Pusta,_Kaarel_Robert, lk 2
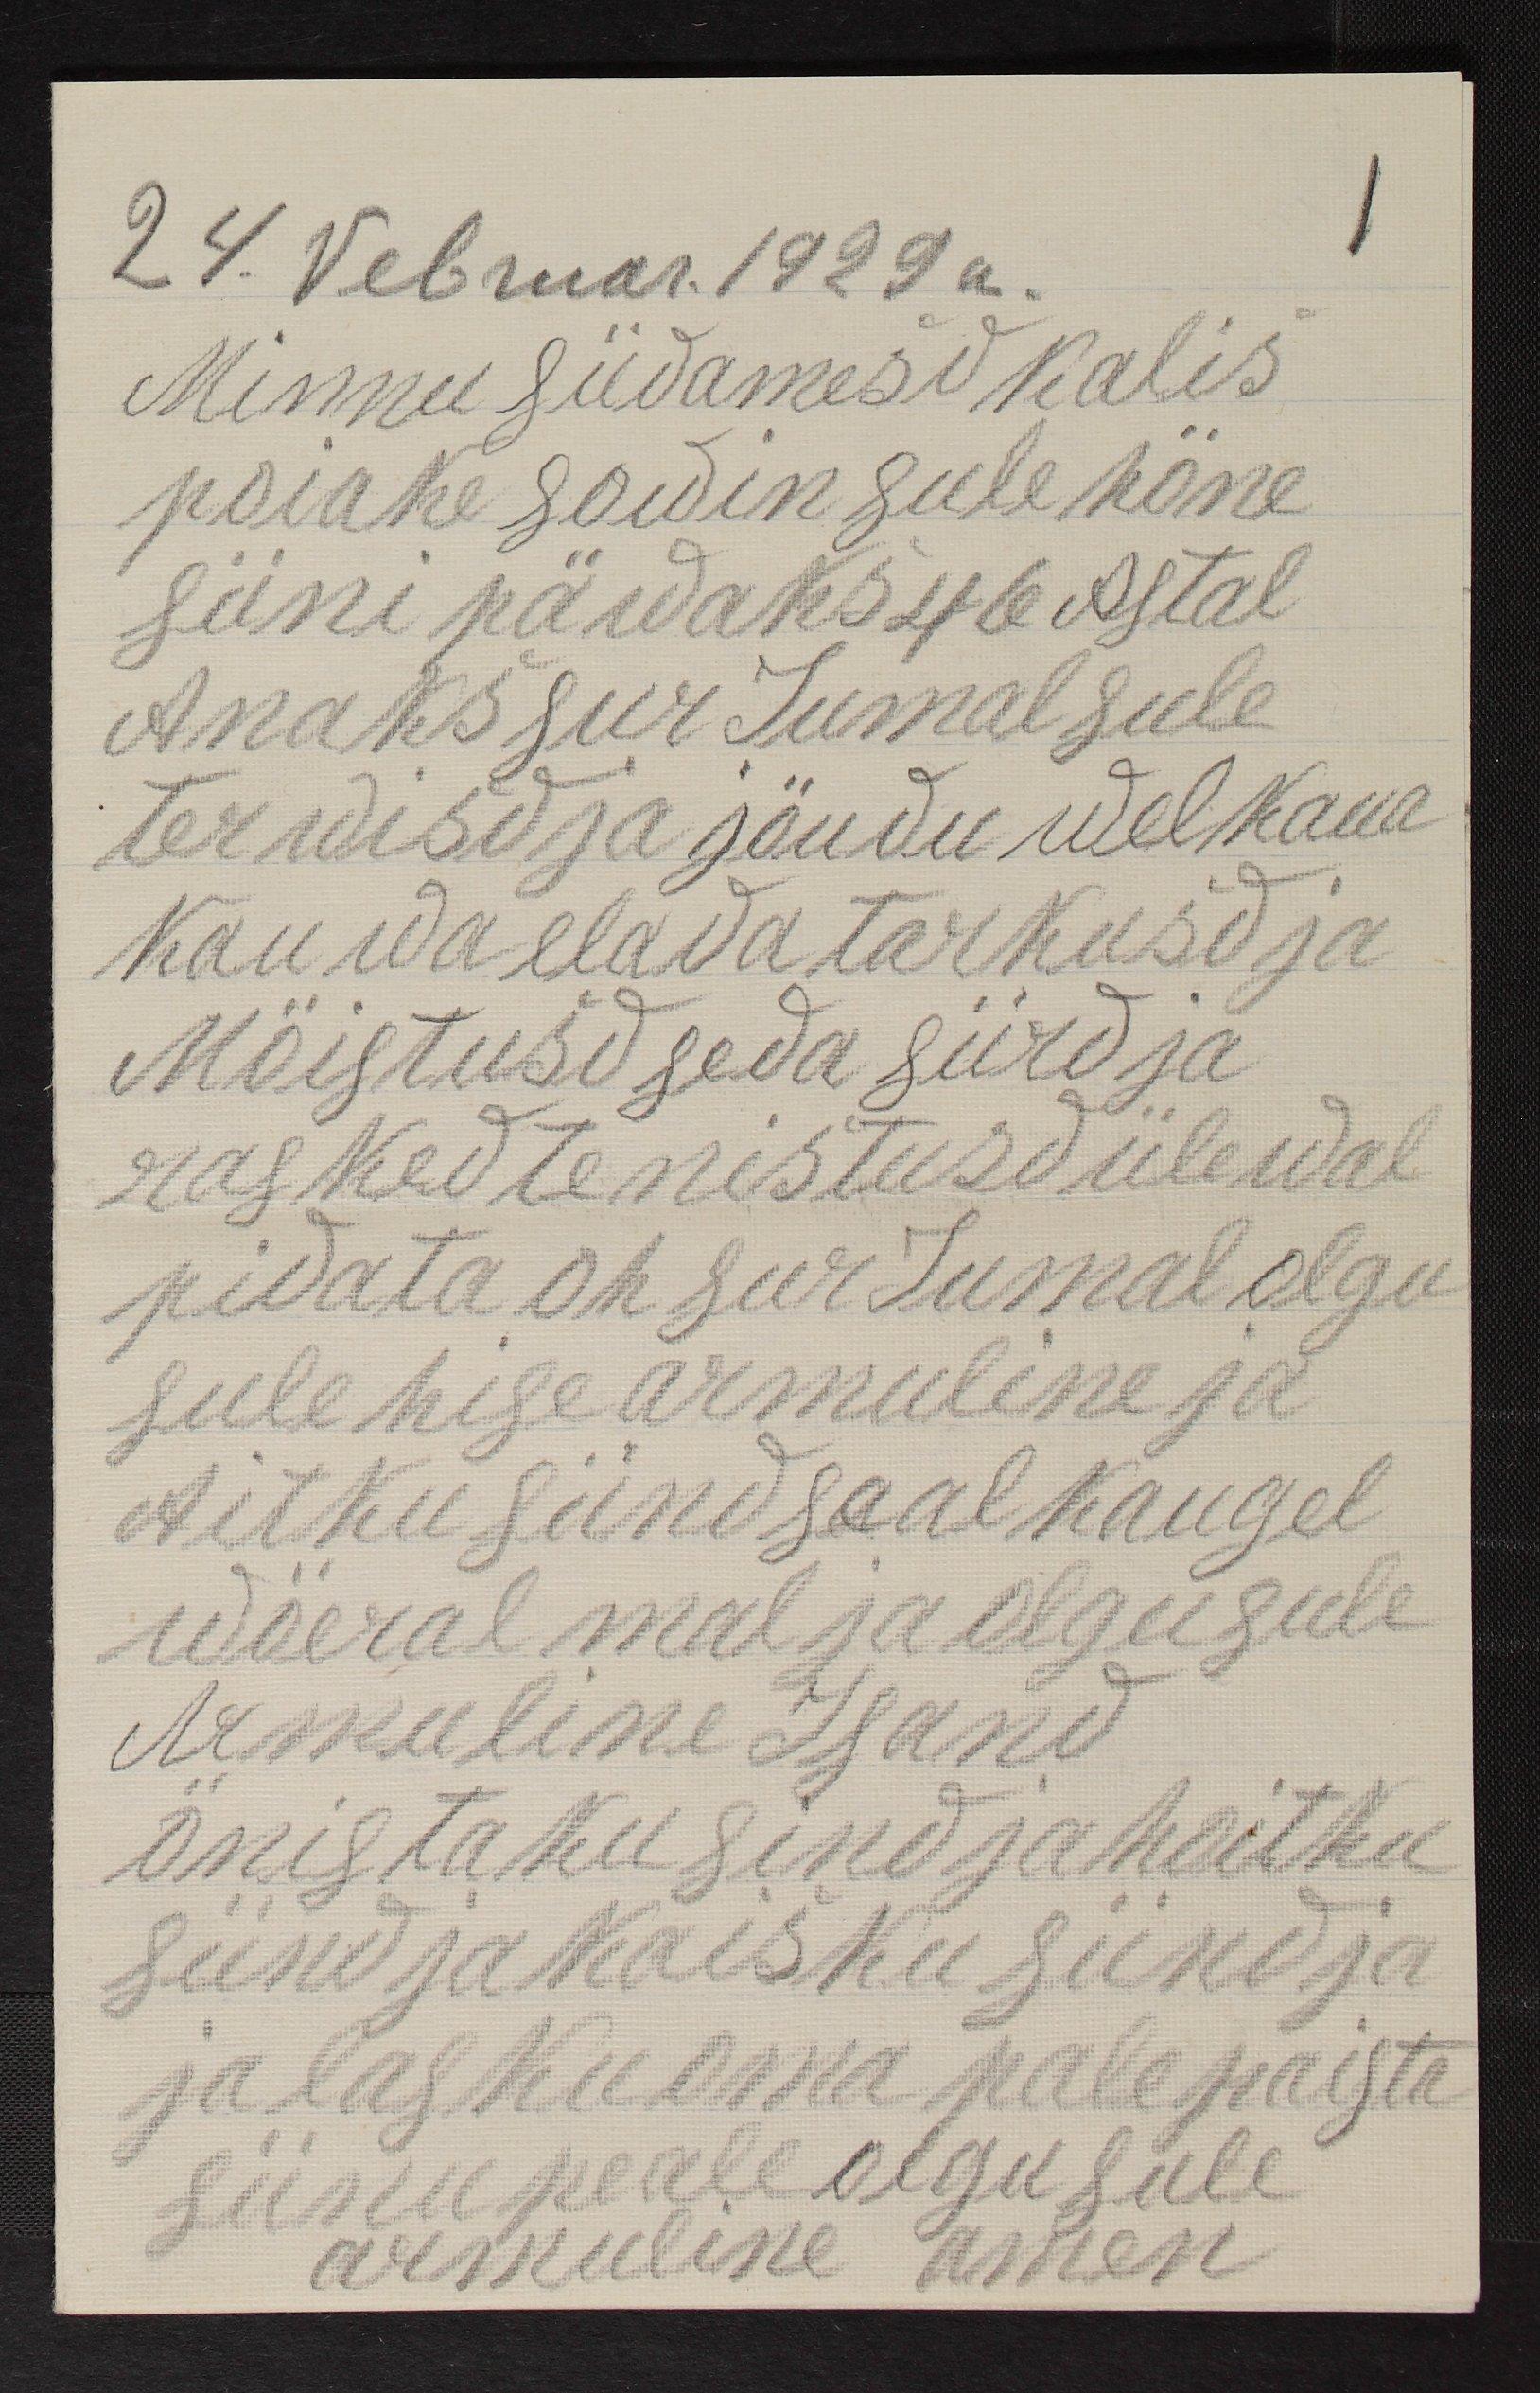
24. Vebruar 1929 a.
Minnu südamesd kalis
poiake sowin sule höne
süni päwaksw 46 Astal
Anaks sur Jumal sule
terwisd ja jöudu welkaua
kauwa elada tarkusd ja
Möistusd seda sürd ja
rasked tenistusd ülewal
pidata oh sur Jumal olgu
sule hisearmuline ja
Aitku sünd seal kaugel
wöeral mal ja olgu sule
Armuline Isand
önistaku sind ja hoitku
sünd ja kaisku sünd ja
ja lasku oma pale paista
sünu peale olgu sule
armuline amen